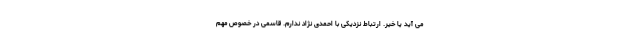
می آید یا خیر. ارتباط نزدیکی با احمدی نژاد ندارم. قاسمی در خصوص مهم